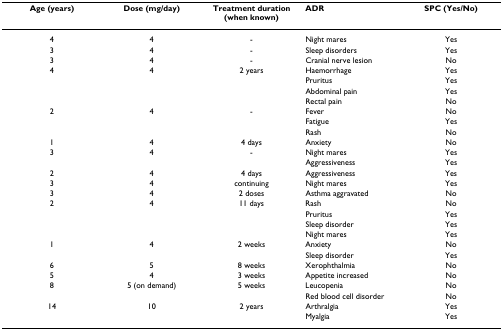
<table><thead><tr><td><b>Age (years)</b></td><td><b>Dose (mg/day)</b></td><td><b>Treatment duration (when known)</b></td><td><b>ADR</b></td><td><b>SPC (Yes/No)</b></td></tr></thead><tbody><tr><td>4</td><td>4</td><td>-</td><td>Night mares</td><td>Yes</td></tr><tr><td>3</td><td>4</td><td>-</td><td>Sleep disorders</td><td>Yes</td></tr><tr><td>3</td><td>4</td><td>-</td><td>Cranial nerve lesion</td><td>No</td></tr><tr><td>4</td><td>4</td><td>2 years</td><td>Haemorrhage</td><td>Yes</td></tr><tr><td></td><td></td><td></td><td>Pruritus</td><td>Yes</td></tr><tr><td></td><td></td><td></td><td>Abdominal pain</td><td>Yes</td></tr><tr><td></td><td></td><td></td><td>Rectal pain</td><td>No</td></tr><tr><td>2</td><td>4</td><td>-</td><td>Fever</td><td>No</td></tr><tr><td></td><td></td><td></td><td>Fatigue</td><td>Yes</td></tr><tr><td></td><td></td><td></td><td>Rash</td><td>No</td></tr><tr><td>1</td><td>4</td><td>4 days</td><td>Anxiety</td><td>No</td></tr><tr><td>3</td><td>4</td><td>-</td><td>Night mares</td><td>Yes</td></tr><tr><td></td><td></td><td></td><td>Aggressiveness</td><td>Yes</td></tr><tr><td>2</td><td>4</td><td>4 days</td><td>Aggressiveness</td><td>Yes</td></tr><tr><td>3</td><td>4</td><td>continuing</td><td>Night mares</td><td>Yes</td></tr><tr><td>3</td><td>4</td><td>2 doses</td><td>Asthma aggravated</td><td>No</td></tr><tr><td>2</td><td>4</td><td>11 days</td><td>Rash</td><td>No</td></tr><tr><td></td><td></td><td></td><td>Pruritus</td><td>Yes</td></tr><tr><td></td><td></td><td></td><td>Sleep disorder</td><td>Yes</td></tr><tr><td></td><td></td><td></td><td>Night mares</td><td>Yes</td></tr><tr><td>1</td><td>4</td><td>2 weeks</td><td>Anxiety</td><td>No</td></tr><tr><td></td><td></td><td></td><td>Sleep disorder</td><td>Yes</td></tr><tr><td>6</td><td>5</td><td>8 weeks</td><td>Xerophthalmia</td><td>No</td></tr><tr><td>5</td><td>4</td><td>3 weeks</td><td>Appetite increased</td><td>No</td></tr><tr><td>8</td><td>5 (on demand)</td><td>5 weeks</td><td>Leucopenia</td><td>No</td></tr><tr><td></td><td></td><td></td><td>Red blood cell disorder</td><td>No</td></tr><tr><td>14</td><td>10</td><td>2 years</td><td>Arthralgia</td><td>Yes</td></tr><tr><td></td><td></td><td></td><td>Myalgia</td><td>Yes</td></tr></tbody></table>